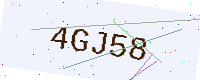
Text: 4GJ58